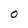
Character: O